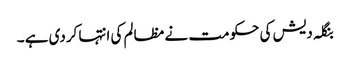
بنگلہ دیش کی حکومت نے مظالم کی انتہا کردی ہے ۔